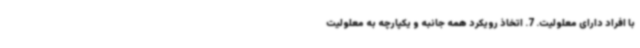
با افراد دارای معلولیت. 7. اتخاذ رویکرد همه جانبه و یکپارچه به معلولیت